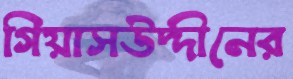
গিয়াসউদ্দীনের